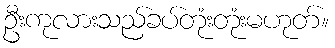
ဦးကုလားသည်ခပ်တုံးတုံးမဟုတ်။